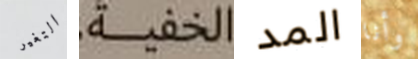
التغير الخفية المد وأنا